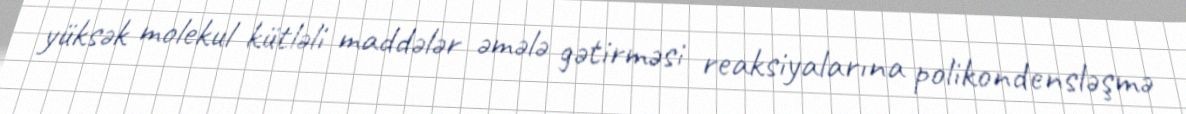
yüksək molekul kütləli maddələr əmələ gətirməsi reaksiyalarına polikondensləşmə